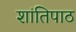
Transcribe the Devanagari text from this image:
शांतिपाठ